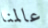
عالمنا